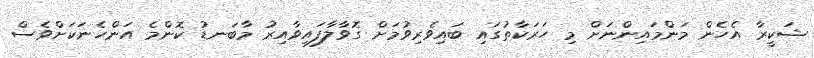
ޝަކީރާ އެހެން މަންމައިންނަށް މި ހަރަކާތުގައި ބައިވެރިވުމަށް ގޮވާލާފައިވާއިރު މާބަނޑު ކޮންމެ އަންހެނަކަށްވެސް